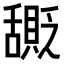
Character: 𬜎